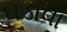
ઘડાવા